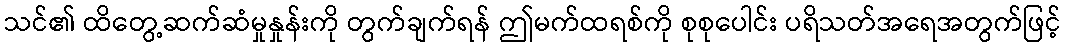
သင်၏ ထိတွေ့ဆက်ဆံမှုနှုန်းကို တွက်ချက်ရန် ဤမက်ထရစ်ကို စုစုပေါင်း ပရိသတ်အရေအတွက်ဖြင့်